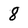
Character: 8